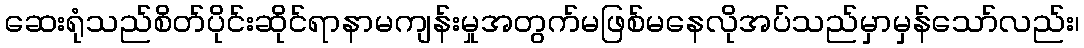
ဆေးရုံသည်စိတ်ပိုင်းဆိုင်ရာနာမကျန်းမှုအတွက်မဖြစ်မနေလိုအပ်သည်မှာမှန်သော်လည်း၊